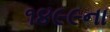
૧૪૯૯ના